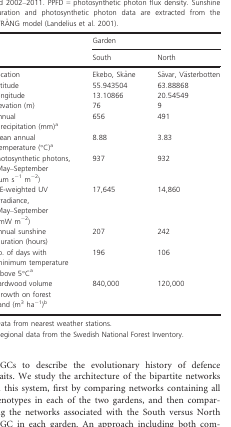
| Code | Species |
 | --- | --- |
 | 1 | Aceria varia |
 | 2 | Aulagromyza |
 | 3 | Byctiscus betulae |
 | 4 | Byctiscus tremulae |
 | 5 | Caliroa tremulae |
 | 6 | Calymnia trapezia larva |
 | 7 | Cerura vinula larva |
 | 8 | Chrysomela larva |
 | 9 | Contarinia petioli |
 | 10 | Contarinia tremulae |
 | 11 | Cryptocephalus sexpunctatus |
 | 12 | Dasineura populeti |
 | 13 | Eriophyes diversipunctatus |
 | 14 | Geometridae larva, green |
 | 15 | Geometridae larva, green, yellow |
 | 16 | Harmandia cavernosa |
 | 17 | Harmandia globuli |
 | 18 | Harmandia tremulae |
 | 19 | Lathoe populi larva |
 | 20 | Leaf cluster tier |
 | 21 | Lepidopteran larva, black |
 | 22 | Nyclela larva |
 | 23 | Orgyia antiqua larva |
 | 24 | Perpendicular lepidoptean roll |
 | 25 | Phoesia tremulae larva |
 | 26 | Phratora vitellinae |
 | 27 | Phyllobius |
 | 28 | Phyllocnistis labyrinthella larva |
 | 29 | Phyllocnistis unipuntella larva |
 | 30 | Phyllocoptes populi |
 | 31 | Sawfly larva, brown |
 | 32 | Sawfly larva, green |
 | 33 | Tethea or |
 | 34 | Tortricid roll |
 | 35 | Two leaf roll |
 | 36 | Waxy aphid |
 | 37 | Woolly aphid |
 | 38 | Zeugophora larva |